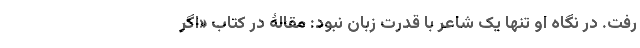
رفت. در نگاه او تنها یک شاعر با قدرت زبان نبود: مقالۀ در کتاب «اگر